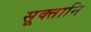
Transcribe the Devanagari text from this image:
सूक्तानि